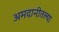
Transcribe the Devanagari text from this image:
अमदानीतल्या